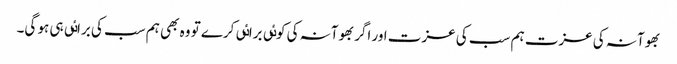
بھوآنہ کی عزت ہم سب کی عزت اور اگر بھوآنہ کی کوٸی براٸی کرے تو وہ بھی ہم سب کی براٸی ہی ہو گی۔